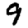
Digit: 9